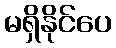
မရှိနိုင်ပေ